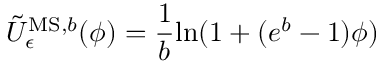
\tilde { U } _ { \epsilon } ^ { \mathrm { M S , } b } ( \phi ) = \frac { 1 } { b } \mathrm { l n } ( 1 + ( e ^ { b } - 1 ) \phi )